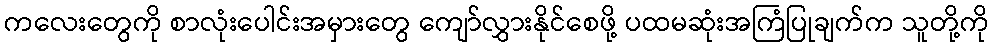
ကလေးတွေကို စာလုံးပေါင်းအမှားတွေ ကျော်လွှားနိုင်စေဖို့ ပထမဆုံးအကြံပြုချက်က သူတို့ကို